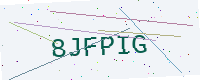
Text: 8JFPIG